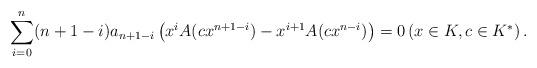
LaTeX: \begin{align*} \sum_{i=0}^{n} (n+1-i) a_{n+1-i}\left(x^i A(c x^{n+1-i})-x^{i+1}A(c x^{n-i})\right)=0\left(x\in K, c\in K^* \right). \end{align*}